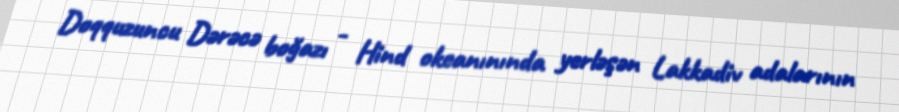
Doqquzuncu Dərəcə boğazı - Hind okeanınında yerləşən Lakkadiv adalarının